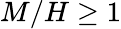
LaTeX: M/H\geq 1